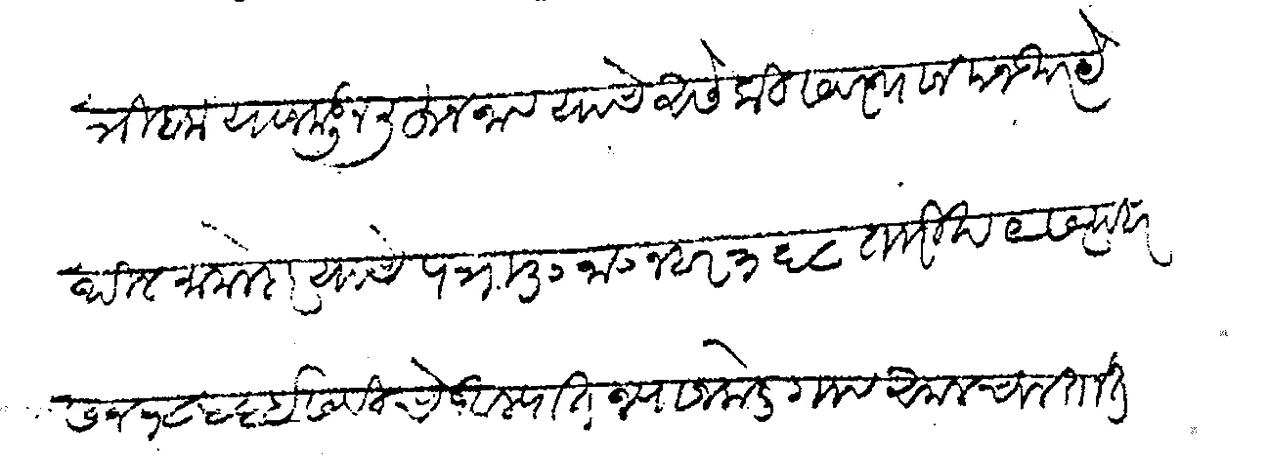
Transliteration (Devanagari): त्रिबक याजकडून लिहून नाव याचे असे कि सवस्थान मजकूर येथील मामलेदार याचे पत्र मु जा नंबर ३६८ तारीख ९ सत्पबर सन १८५६ इसवीचे आल्यात ज्याजकडे गावअमल चालतात